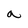
Character: a